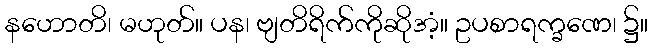
နဟောတိ၊ မဟုတ်။ ပန၊ ဗျတိရိက်ကိုဆိုအံ့။ ဥပစာရက္ခဏေ၊ ၌။